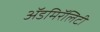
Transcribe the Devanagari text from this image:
ॲडमिरॅलिटी